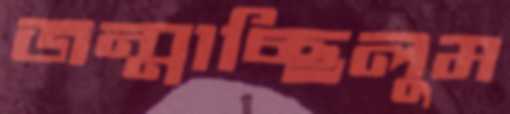
জন্মাচ্ছিলুম